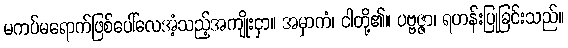
မကပ်မရောက်ဖြစ်ပေါ်လေအံ့သည့်အကျိုးငှာ။ အမှာကံ၊ ငါတို့၏။ ပဗ္ဗဇ္ဇာ၊ ရဟန်းပြုခြင်းသည်။